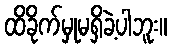
ထိခိုက်မှုမရှိခဲ့ပါဘူး။